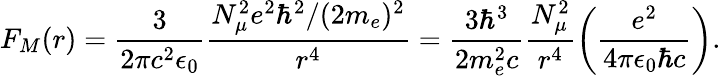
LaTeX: F_{M}(r)=\frac{3}{2\pi c^{2}\epsilon_{0}}\frac{N_{\mu}^{2}e^{2}\hbar^{2}/(2m_{e})^{2}}{r^{4}}=\frac{3\hbar^{3}}{2m_{e}^{2}c}\frac{N_{\mu}^{2}}{r^{4}}\left(\frac{e^{2}}{4\pi\epsilon_{0}\hbar c}\right).